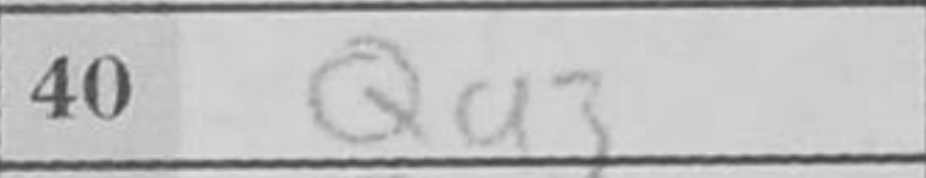
Transcription: Qa3